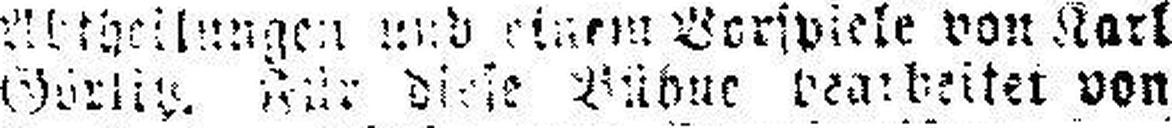
Görlis. Kur diese Bühne ###earbeiter von